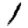
Digit: 1